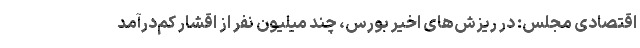
اقتصادی مجلس: در ریزش‌های اخیر بورس، چند میلیون نفر از اقشار کم‌درآمد